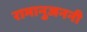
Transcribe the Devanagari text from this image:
रामानुजननी